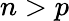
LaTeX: n>p